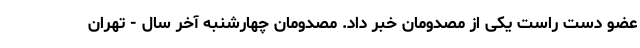
عضو دست راست یکی از مصدومان خبر داد. مصدومان چهارشنبه آخر سال - تهران